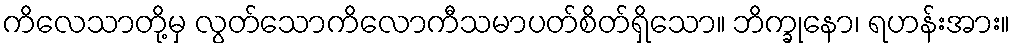
ကိလေသာတို့မှ လွတ်သောကိလောကီသမာပတ်စိတ်ရှိသော။ ဘိက္ခုနော၊ ရဟန်းအား။